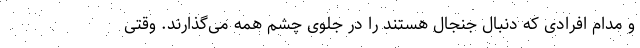
و مدام افرادی که دنبال جنجال هستند را در جلوی چشم همه می‌گذارند. وقتی